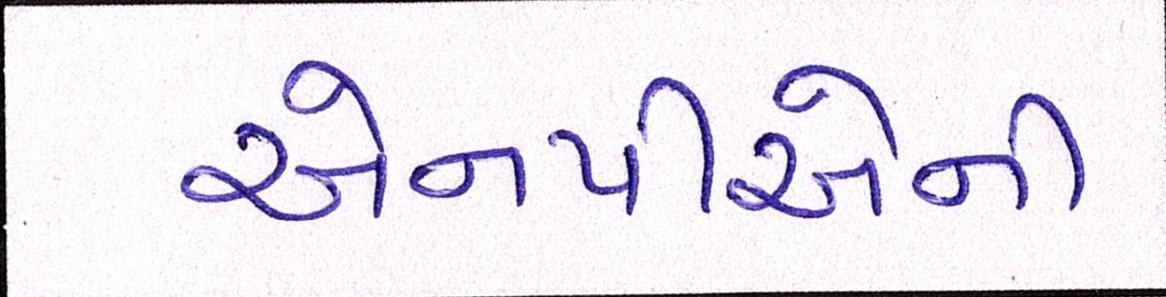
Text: એનપીએની